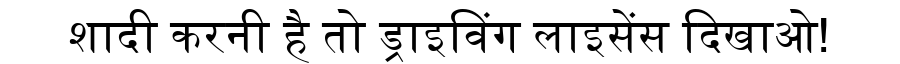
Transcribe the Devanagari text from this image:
शादी करनी है तो ड्राइविंग लाइसेंस दिखाओ!